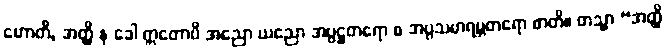
ဟောတိ, အတ္ထိ နု ခေါ ဣတောပိ အညော ယညော အပ္ပဋ္ဌတရော စ အပ္ပသမာရမ္ဘတရော စာတိ။ တသ္မာ “အတ္ထိ